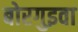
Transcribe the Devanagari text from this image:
बोरगुइवा